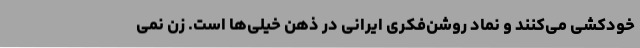
خودکشی می‌کنند و نماد روشن‌فکری ایرانی در ذهن خیلی‌ها است. زن نمی